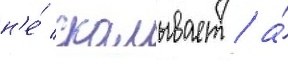
н'е́ скалывает / а́